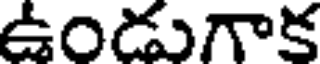
ఉండుగాక